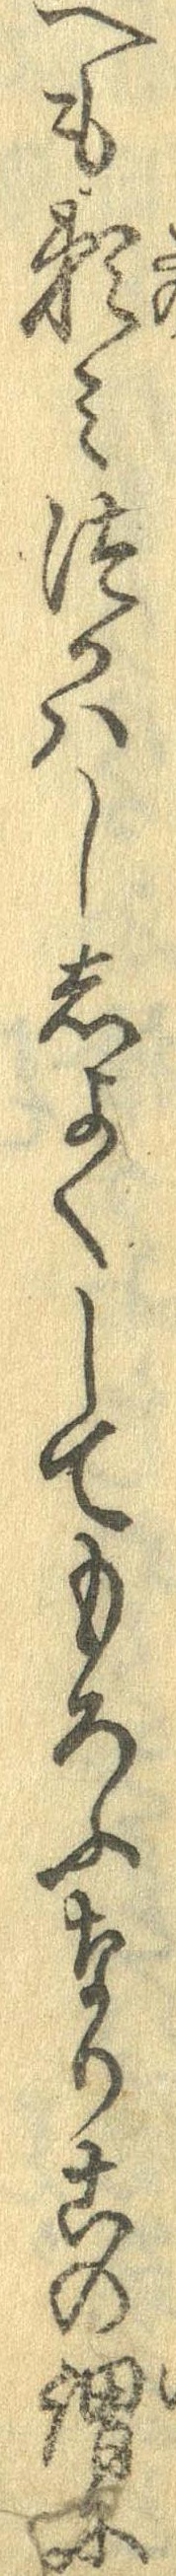
へも頼みつかはししょくしてもろふなりこの謂に